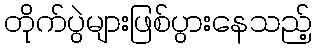
တိုက်ပွဲများဖြစ်ပွားနေသည့်